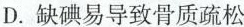
D.缺碘易导致骨质疏松